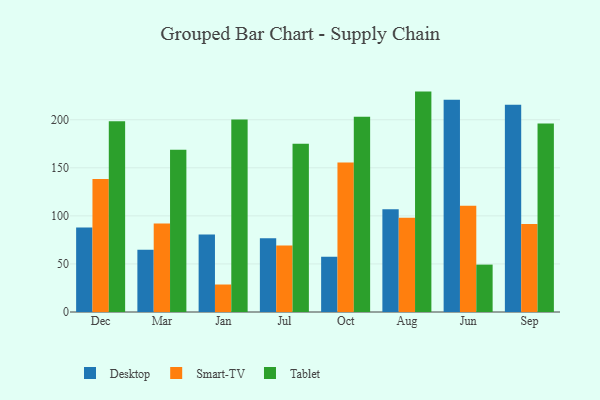
{"axis": {"x": "Month", "y": "Temperature (°C)"}, "legend": ["Desktop", "Smart-TV", "Tablet"], "data": [{"x": "Dec", "y": 87.8, "type": "Desktop"}, {"x": "Dec", "y": 138.4, "type": "Smart-TV"}, {"x": "Dec", "y": 198.5, "type": "Tablet"}, {"x": "Mar", "y": 64.7, "type": "Desktop"}, {"x": "Mar", "y": 92.2, "type": "Smart-TV"}, {"x": "Mar", "y": 168.7, "type": "Tablet"}, {"x": "Jan", "y": 80.7, "type": "Desktop"}, {"x": "Jan", "y": 28.6, "type": "Smart-TV"}, {"x": "Jan", "y": 200.2, "type": "Tablet"}, {"x": "Jul", "y": 76.7, "type": "Desktop"}, {"x": "Jul", "y": 69.1, "type": "Smart-TV"}, {"x": "Jul", "y": 175.0, "type": "Tablet"}, {"x": "Oct", "y": 57.6, "type": "Desktop"}, {"x": "Oct", "y": 155.5, "type": "Smart-TV"}, {"x": "Oct", "y": 203.2, "type": "Tablet"}, {"x": "Aug", "y": 106.8, "type": "Desktop"}, {"x": "Aug", "y": 98.0, "type": "Smart-TV"}, {"x": "Aug", "y": 229.3, "type": "Tablet"}, {"x": "Jun", "y": 220.8, "type": "Desktop"}, {"x": "Jun", "y": 110.6, "type": "Smart-TV"}, {"x": "Jun", "y": 49.3, "type": "Tablet"}, {"x": "Sep", "y": 215.5, "type": "Desktop"}, {"x": "Sep", "y": 91.6, "type": "Smart-TV"}, {"x": "Sep", "y": 196.0, "type": "Tablet"}]}